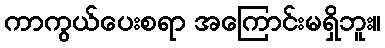
ကာကွယ်ပေးစရာ အကြောင်းမရှိဘူး။